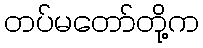
တပ်မတော်တို့က